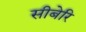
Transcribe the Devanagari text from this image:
सीबेरि